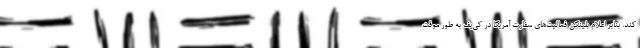
کند. بنابر اعلام بلینکن فعالیت‌های سفارت آمریکا در کی‌یف به طور موقت